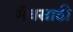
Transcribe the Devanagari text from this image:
मॅचसाठी